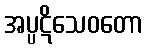
အပ္ပဋိသေဝတော